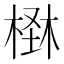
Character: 𣕪